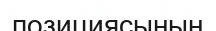
позициясының